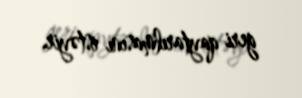
geri qaytarılmasını istəyir.